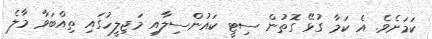
ކަމަށެވެ. އެ ކަމާ ގުޅޭ ގޮތުން ސިޓީ ކައުންސިލާއި މަޖިލީހުގައި ތިއްބަވާ މާލެ